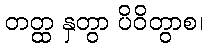
တတ္ထ နှတွာ ပိဝိတွာစ၊